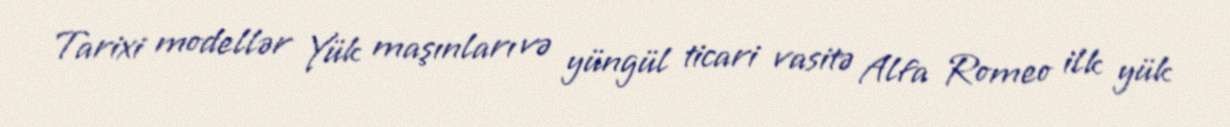
Tarixi modellər Yük maşınları və yüngül ticari vasitə Alfa Romeo ilk yük